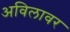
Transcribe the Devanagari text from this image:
अविलावर